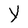
Character: Y